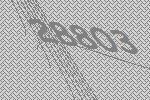
28803